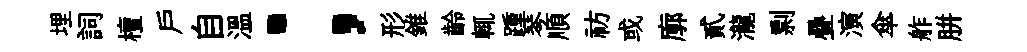
埋詞檀戶自溫；形錐齡輒踵琴順祊或廓貳瀧剽疊演傘舴胼